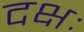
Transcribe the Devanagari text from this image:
दक्षः